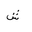
Letter: _shin